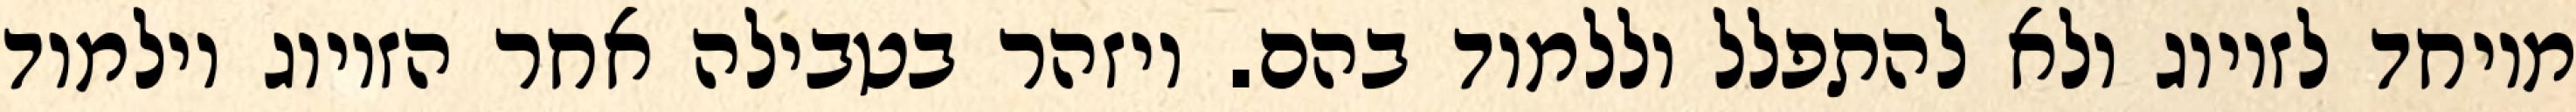
מיוחד לזיווג ולא להתפלל וללמוד בהם. ויזהר בטבילה אחר הזיווג וילמוד